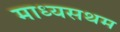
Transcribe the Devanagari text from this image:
माध्यसथम